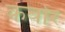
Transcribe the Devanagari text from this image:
कर्वार